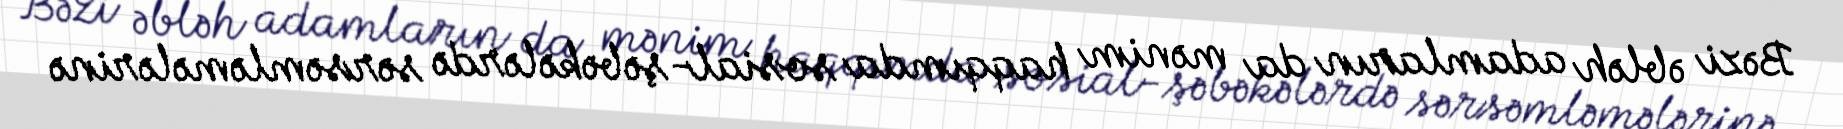
Bəzi əbləh adamların da mənim haqqımda sosial-şəbəkələrdə sərsəmləmələrinə